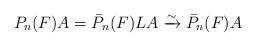
LaTeX: \begin{align*}P_n(F)A = \bar{P}_n(F)LA \xrightarrow{\sim} \bar{P}_n(F)A\end{align*}